Problem: 5 × 4 = ?
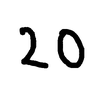
Handwritten answer: 20